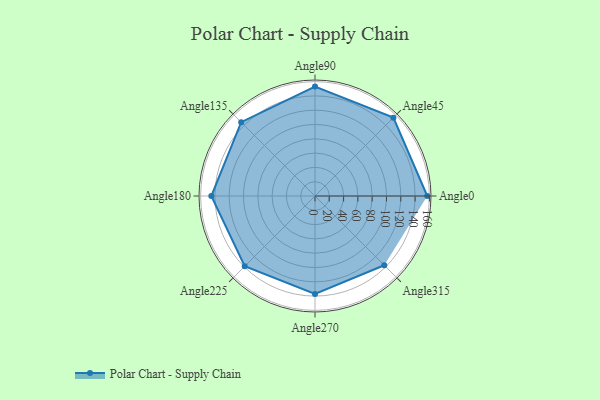
{"axis": {"x": "Angle", "y": "Radius"}, "legend": [""], "data": [{"x": "Angle0", "y": 157.0, "type": ""}, {"x": "Angle45", "y": 155.0, "type": ""}, {"x": "Angle90", "y": 153.0, "type": ""}, {"x": "Angle135", "y": 146.0, "type": ""}, {"x": "Angle180", "y": 145.0, "type": ""}, {"x": "Angle225", "y": 139.0, "type": ""}, {"x": "Angle270", "y": 137.0, "type": ""}, {"x": "Angle315", "y": 137.0, "type": ""}]}